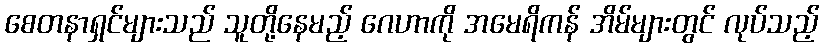
စေတနာရှင်များသည် သူတို့နေမည့် ဂေဟာကို အမေရိကန် အိမ်များတွင် လုပ်သည့်